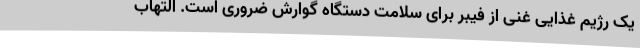
یک رژیم غذایی غنی از فیبر برای سلامت دستگاه گوارش ضروری است. التهاب